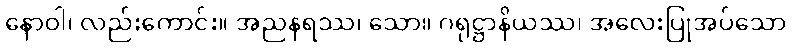
နောဝါ၊ လည်းကောင်း။ အညနရဿ၊ သော။ ဂရုဋ္ဌာနိယဿ၊ အလေးပြုအပ်သော